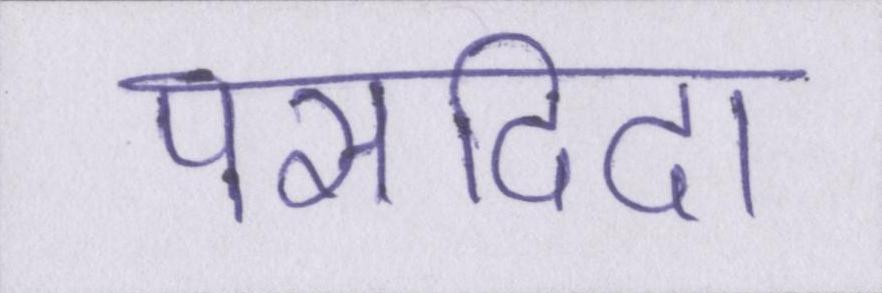
पसदिदा